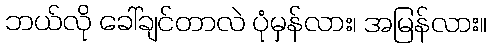
ဘယ်လို ခေါ်ချင်တာလဲ ပုံမှန်လား၊ အမြန်လား။